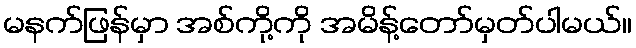
မနက်ဖြန်မှာ အစ်ကို့ကို အမိန့်တော်မှတ်ပါမယ်။